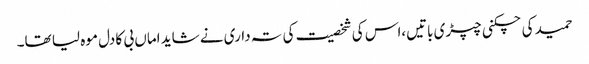
حمید کی چکنی چپڑی باتیں،اس کی شخصیت کی تہ داری نے شاید اماں بی کا دل موہ لیا تھا۔